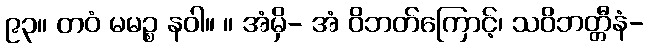
၉၃။ တဝံ မမဉ္စ နဝါ။ ။ အံမှိ- အံ ဝိဘတ်ကြောင့်၊ သဝိဘတ္တီနံ-